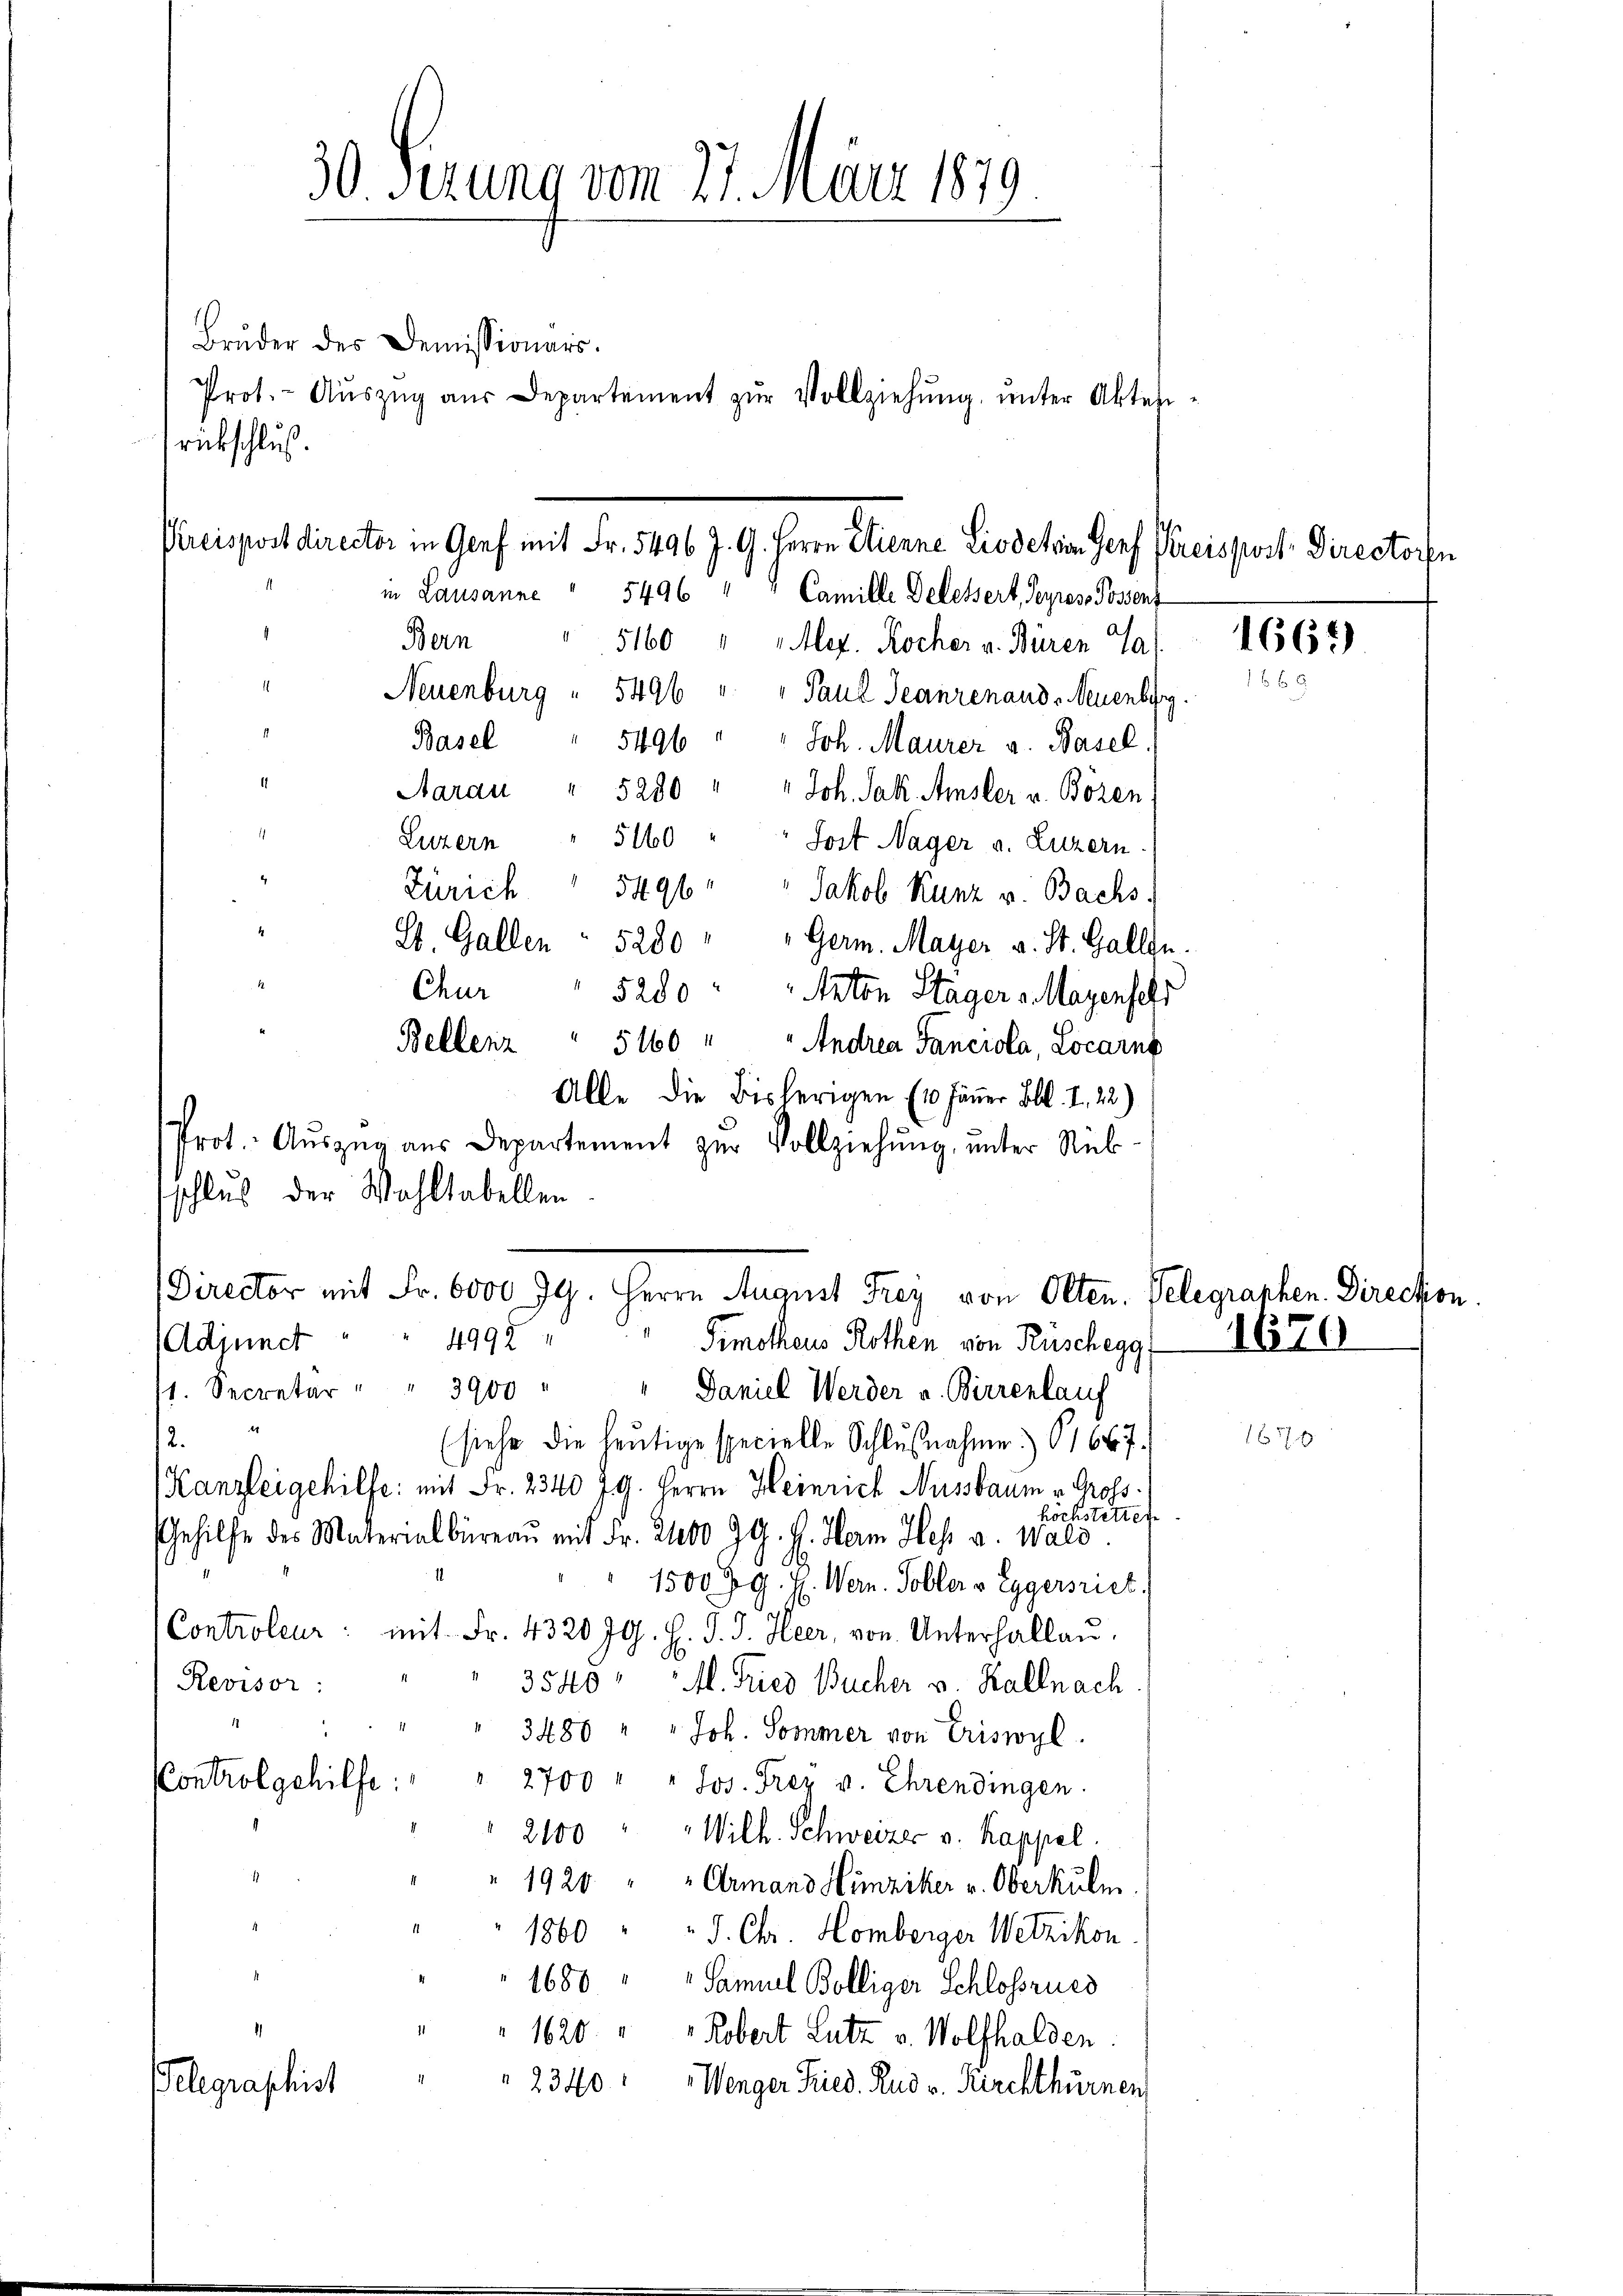
Bruder des Demissionars.
Prot. - Aŭszŭg aŭs Departement zŭr Vollziehŭng ŭnter Aktes
rückschluß.
in Lausanne
5496 " " Camille Delessert, Seyres Possenz
Bern
5160 " " Mez. Kocher v. Büren La
Neuenburg " 5496 " " Paul Jeanrenaud, Neuenbur
.
Basel
5496 " " Joh. Maurer v. Basel.
1
Aarau
5280 " " Joh. Jak. Amsler v. Bözen
.
Luzern
5160 " " Jost Nager v. Luzern
Zürich " 5496 " " Jakob Kunz v. Bachs
St. Gallen " 5280 " " Germ. Mayer v. St. Gallzu
5280 " Anton Stagers Magenschr
Bellenz " 5160 " " Andrea Sanciola, Locarn
Alle die Bisherigen (10 Jäner Lbl. I., 22)
Prot. Aŭszŭg aŭs Departement zur Vollziehung, unter Rück
Director mit Fr. 6000 gg. Herrn August Frey von Olten. Telegranken. Direction
Adjunct " " 4992
Pimotheus Rothen von Rüschegg
st. Secretär " " 3900
Daniel Werder u. Birrenlauf
12.
(siehe die heŭtige specielle Schlŭβnahme) 1667.
Kanzleigehilfe: mit Fr. 2340 79. Herrn Heinrich Nussbaum v. Gross.
höchstetter
Gehilfe des Materialbüreau mit Fr. 2400 ZG. H. Herm Hof v. Wald
1500 R. G. H. Wern. Soller v. Eggersriet.
Controleur: mit Fr. 4320 Jg. H. J. J. Heer, von Unterhallaŭ.
Revisor:
3540 " M. Tries Bucher v. Kallnach
3480 " " Joh. Sommer von Criswyl
Kontrolgehilfe.
2700 " " Jos. Frez v. Ehrendingen.
2100 " "Wilh. Schweizer v. Kappel.
1920 " " Armand Hunziker v. Oberkuli
1860 " " J. Chr. Homberger Wetzikon
1680 " " Samuel Bolliger Schlossrues
1620 " " Robert Lutz v. Wolfhalden.
Gelegraphist
2340: Wenger Fried. Rud v. Kirchthürnen

4
.
schlus der Wahltabellen

30 Serung vom 27. März 1879

Chur

Puiswort director in Graf mit Fr. 5496 J. 9. Herrn Stirne Liedeten Porf Preispart. Directorfe

1670

1665

1670